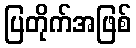
ပြတိုက်အဖြစ်